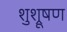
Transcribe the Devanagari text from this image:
शुश्रूषण